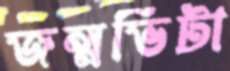
জন্মভিটা